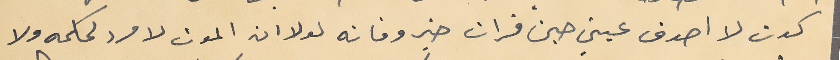
كدت لا اصدق عيني حين قرات خبر وفاته لولا ان الموت لا مرد لحكمه ولا